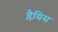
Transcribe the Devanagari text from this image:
ग्लैमिस